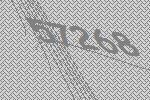
57268